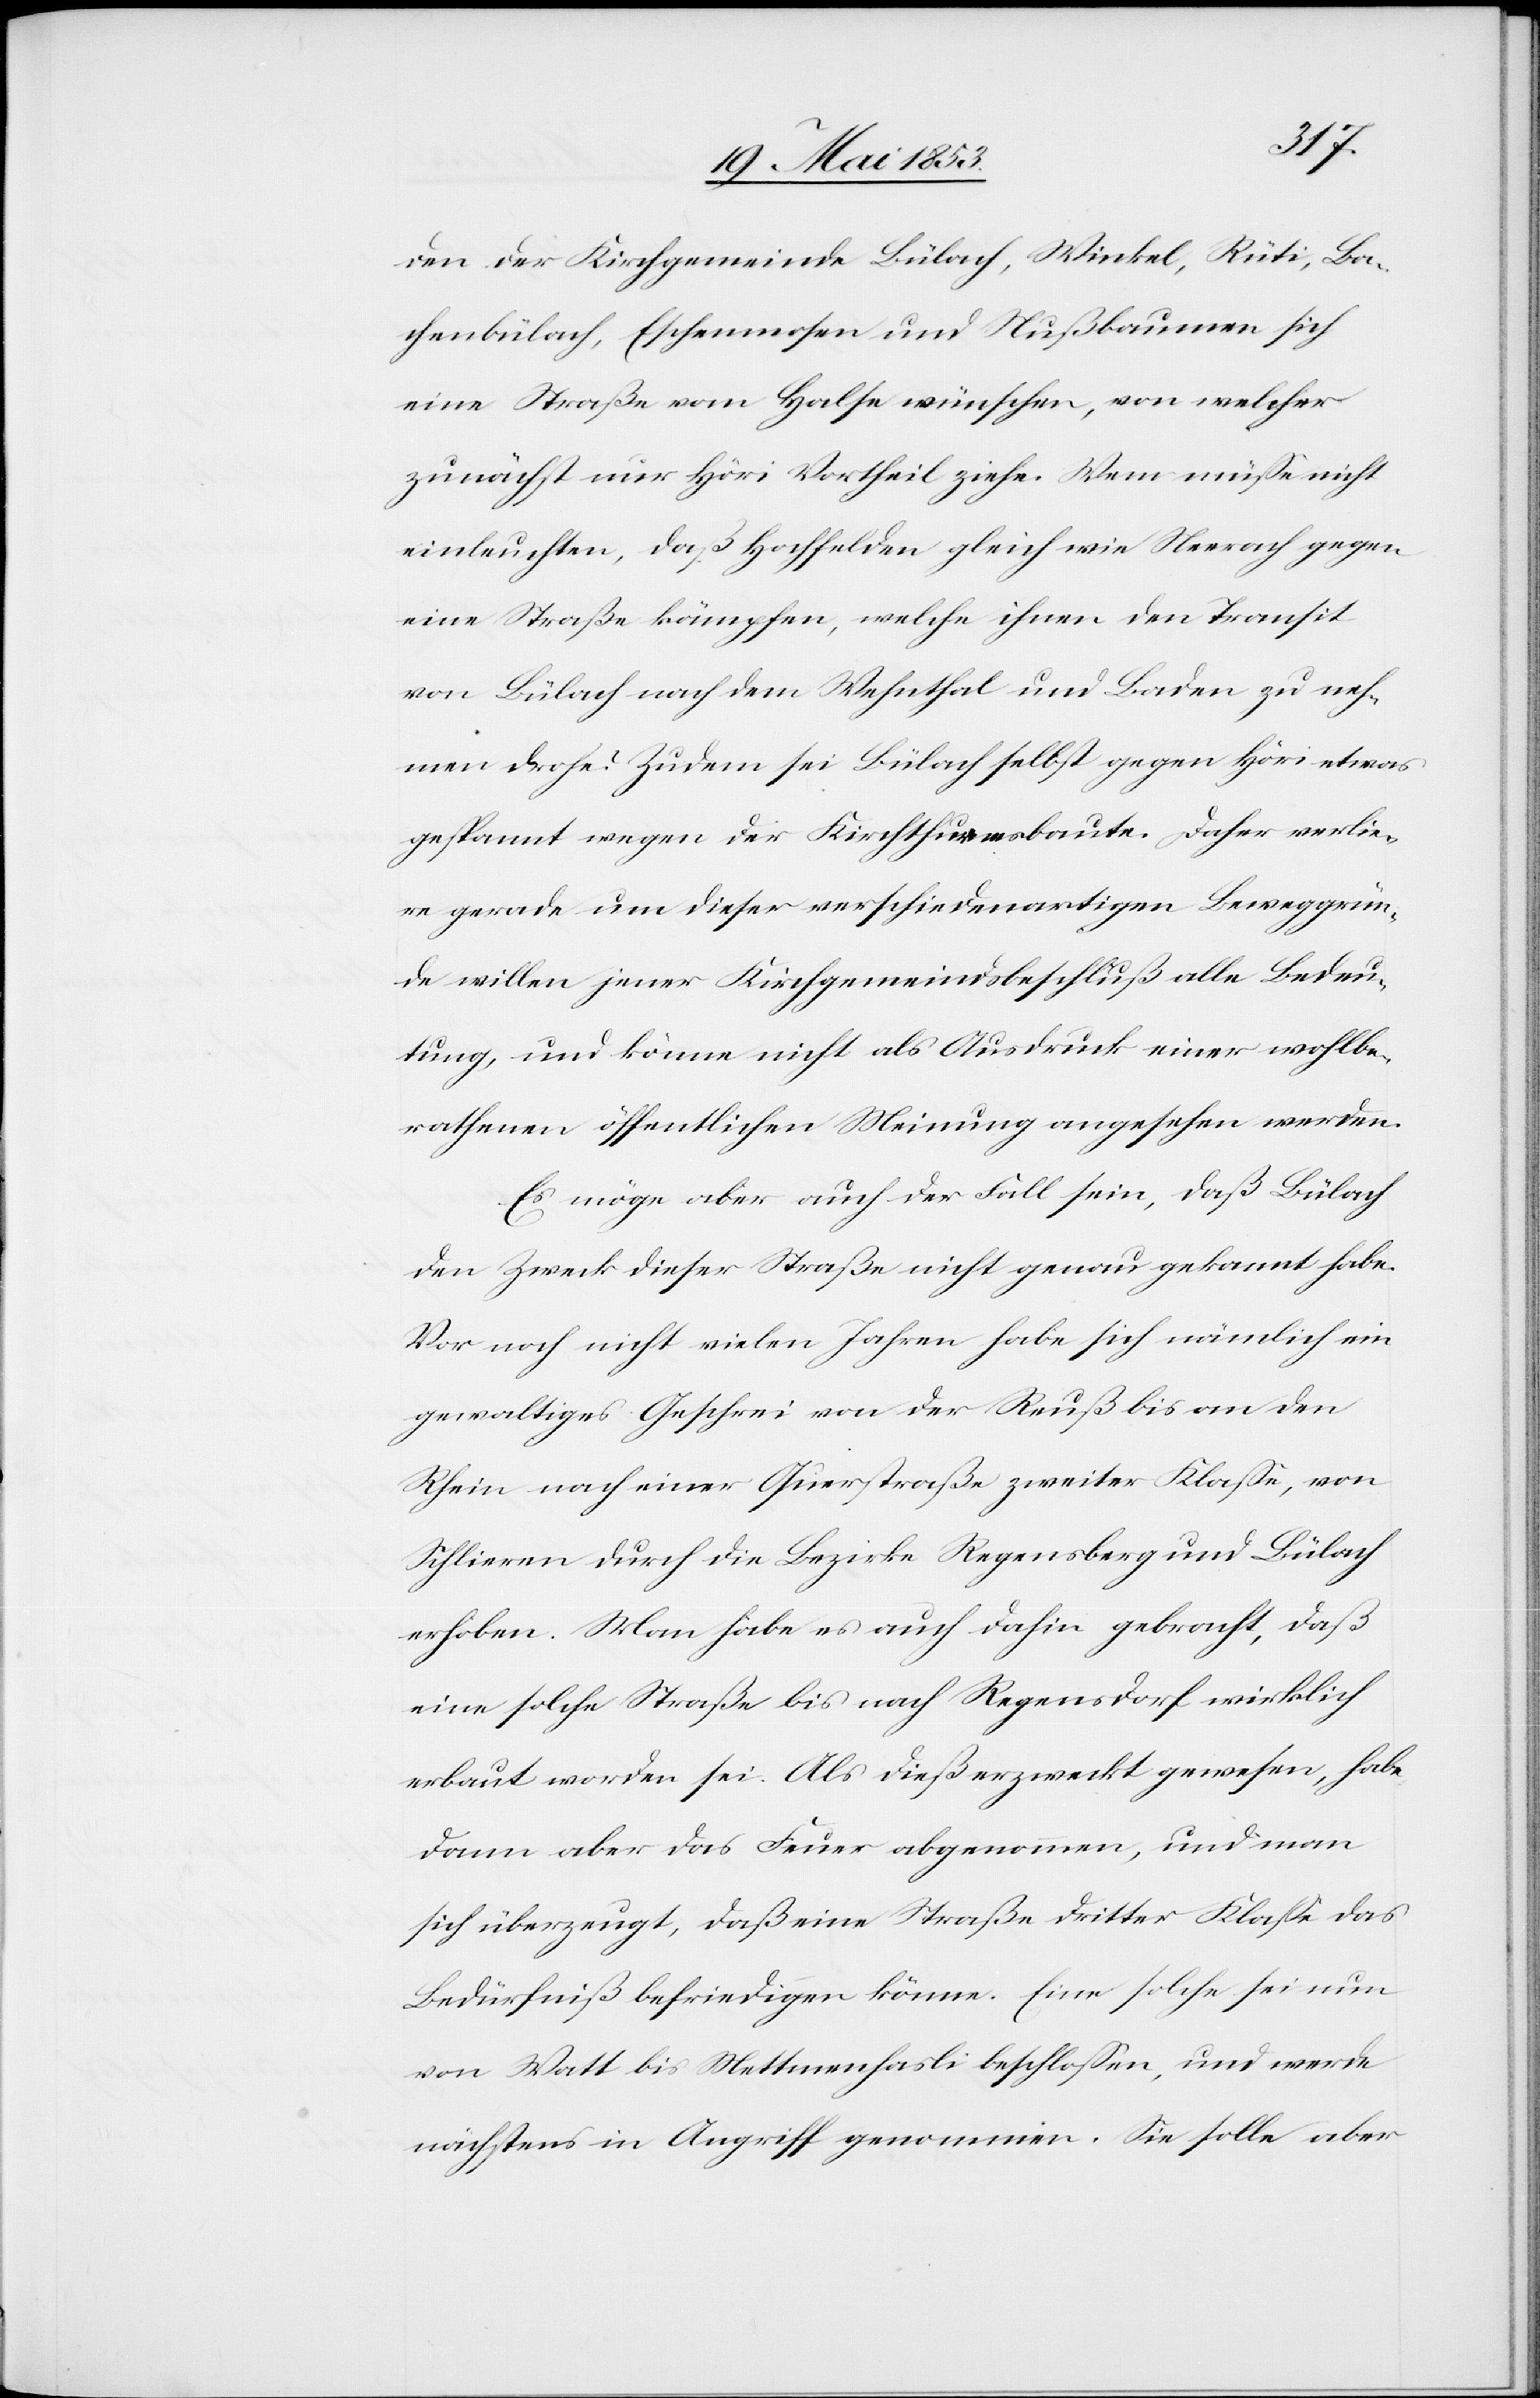
den der Kirchgemeinde Bülach, Winkel, Rüti, Ba¬
chenbülach, Eschenmosen und Nußbaumen sich
eine Straße vom Halse wünschen, von welcher
zunächst nur Höri Vortheil ziehe. Wem müße nicht
einleuchten, daß Hochfelden gleich wie Neerach gegen
eine Straße kämpfen, welche ihnen den Transit
von Bülach nach dem Wehnthal und Baden zu neh¬
men drohe? Zudem sei Bülach selbst gegen Höri etwas
gespannt wegen der Kirchthurmsbaute. Daher verlie¬
re gerade um dieser verschiedenartigen Beweggrün¬
de willen jener Kirchgemeindsbeschluß alle Bedeu¬
tung, und könne nicht als Ausdruck einer wohlbe¬
rathenen öffentlichen Meinung angesehen werden.
Es möge aber auch der Fall sein, daß Bülach
den Zweck dieser Straße nicht genau gekannt habe.
Vor noch nicht vielen Jahren habe sich nämlich ein
gewaltiges Geschrei von der Reuß bis an den
Rhein nach einer Querstraße zweiter Klaße, von
Schlieren durch die Bezirke Regensberg und Bülach
erhoben. Man habe es auch dahin gebracht, daß
eine solche Straße bis nach Regensdorf wirklich
erbaut worden sei. Als dieß erzweckt gewesen, habe
dann aber das Feuer abgenommen, und man
sich überzeugt, daß eine Straße dritter Klaße das
Bedürfniß befriedigen könne. Eine solche sei nun
von Watt bis Mettmenhasli beschloßen, und werde
nächstens in Angriff genommen. Sie solle aber